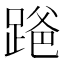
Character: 𫏒